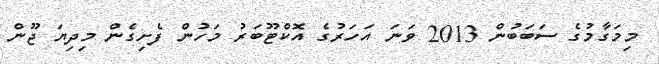
މިމަގާމުގެ ސަބަބުން 2013 ވަނަ އަހަރުގެ އޮކްޓޫބަރު މަހުން ފެށިގެން މިދިޔަ ޖޫން